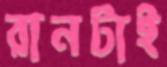
রানটাই